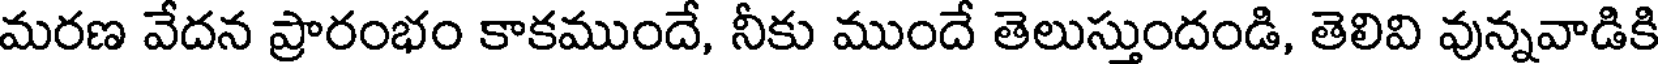
మరణ వేదన ప్రారంభం కాకముందే, నీకు ముందే తెలుస్తుందండి, తెలివి వున్నవాడికి